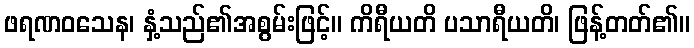
ဖရဏဝသေန၊ နှံ့သည်၏အစွမ်းဖြင့်။ ကိရီယတိ ပသာရီယတိ၊ ဖြန့်တတ်၏။